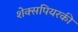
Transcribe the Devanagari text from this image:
शेक्सपियरकी